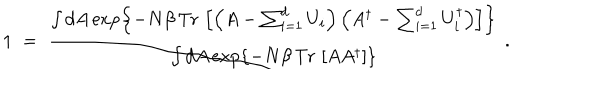
1 \; = \; { \frac { \int d A \exp \left\{ - N \beta \, \mathrm { T r } \, \left[ \left( A - \sum _ { i = 1 } ^ { d } U _ { i } \right) \left( A ^ { \dagger } - \sum _ { i = 1 } ^ { d } U _ { i } ^ { \dagger } \right) \right] \right\} } { \int d A \exp \left\{ - N \beta \, \mathrm { T r } \, \left[ A A ^ { \dagger } \right] \right\} } } \; .